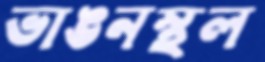
ভাঙনস্থল